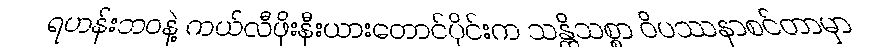
ရဟန်းဘဝနဲ့ ကယ်လီဖိုးနီးယားတောင်ပိုင်းက သန္တိသစ္စာ ဝိပဿနာစင်တာမှာ